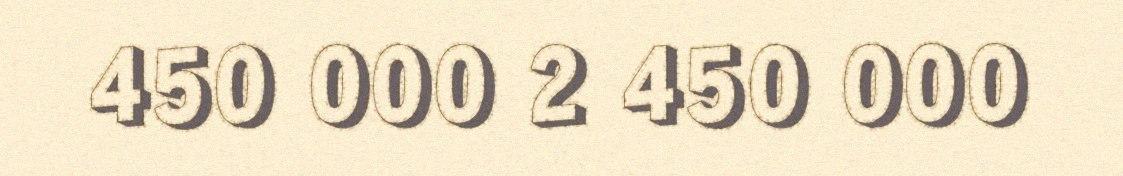
450 000 2 450 000